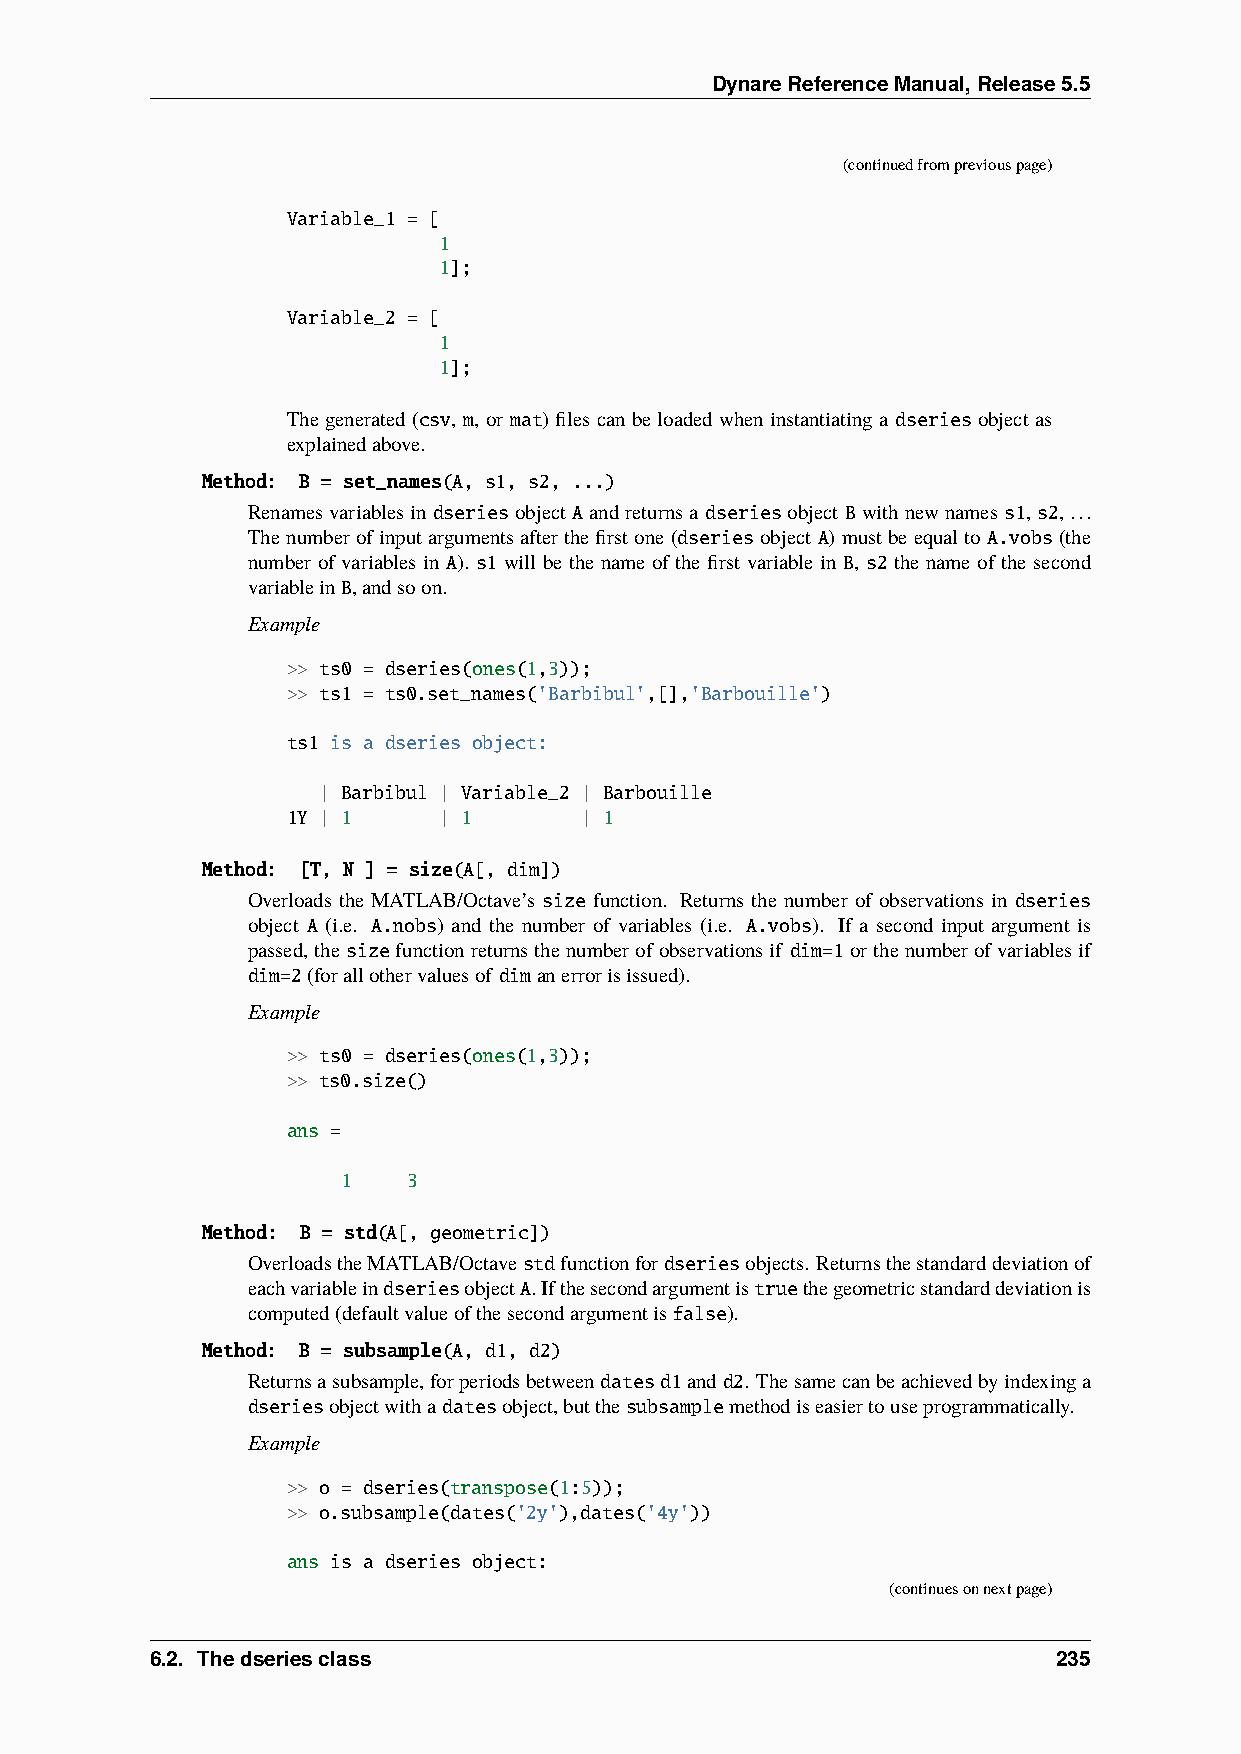
DynareReferenceManual,Release5.5
 (continuedfrompreviouspage)
 Variable_1 = [
 1
 1];
 Variable_2 = [
 1
 1];
 The generated (csv, m, or mat) files canbe loaded when instantiating a dseries object as
 explainedabove.
 Method: B = set_names(A, s1, s2, ...)
 Renamesvariablesin dseriesobject Aandreturnsa dseriesobject Bwithnewnamess1,s2,...
 Thenumberofinputargumentsafterthefirstone(dseriesobject A)mustbeequaltoA.vobs(the
 number of variables in A). s1 will be the name of the first variable in B, s2 the name of the second
 variableinB,andsoon.
 Example
 >> ts0 = dseries(ones(1,3));
 >> ts1 = ts0.set_names('Barbibul',[],'Barbouille')
 ts1 is a dseries object:
 | Barbibul | Variable_2 | Barbouille
 1Y | 1    | 1      | 1
 Method: [T, N ] = size(A[, dim])
 Overloads the MATLAB/Octave’s size function. Returns the number of observations in dseries
 object A (i.e. A.nobs) and the number of variables (i.e. A.vobs). If a second input argument is
 passed,thesizefunctionreturnsthenumberofobservationsif dim=1orthenumberofvariablesif
 dim=2(forallothervaluesof dimanerrorisissued).
 Example
 >> ts0 = dseries(ones(1,3));
 >> ts0.size()
 ans =
 1   3
 Method: B = std(A[, geometric])
 OverloadstheMATLAB/Octavestdfunctionfordseriesobjects. Returnsthestandarddeviationof
 eachvariableindseriesobjectA.Ifthesecondargumentistruethegeometricstandarddeviationis
 computed(defaultvalueofthesecondargumentisfalse).
 Method: B = subsample(A, d1, d2)
 Returnsasubsample,forperiodsbetweendatesd1andd2. Thesamecanbeachievedbyindexinga
 dseriesobjectwithadatesobject,butthesubsamplemethodiseasiertouseprogrammatically.
 Example
 >> o = dseries(transpose(1:5));
 >> o.subsample(dates('2y'),dates('4y'))
 ans is a dseries object:
 (continuesonnextpage)
 6.2. Thedseriesclass                                        235